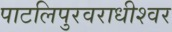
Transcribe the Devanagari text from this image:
पाटलिपुरवराधीश्वर